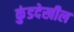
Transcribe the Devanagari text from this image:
कुंडदेखील